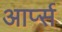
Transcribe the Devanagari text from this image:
आर्प्स